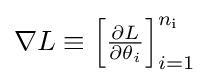
{\textstyle \nabla L\equiv \left[{\frac {\partial L}{\partial \theta _{i}}}\right]_{i=1}^{n_{\mathrm {i} }}}